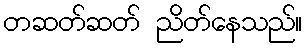
တဆတ်ဆတ် ညိတ်နေသည်။